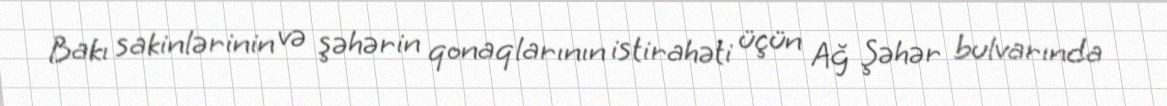
Bakı sakinlərinin və şəhərin qonaqlarının istirahəti üçün Ağ Şəhər bulvarında